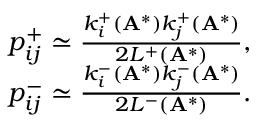
\begin{array} { r } { p _ { i j } ^ { + } \simeq \frac { k _ { i } ^ { + } ( \mathbf { A } ^ { * } ) k _ { j } ^ { + } ( \mathbf { A } ^ { * } ) } { 2 L ^ { + } ( \mathbf { A } ^ { * } ) } , } \\ { p _ { i j } ^ { - } \simeq \frac { k _ { i } ^ { - } ( \mathbf { A } ^ { * } ) k _ { j } ^ { - } ( \mathbf { A } ^ { * } ) } { 2 L ^ { - } ( \mathbf { A } ^ { * } ) } . } \end{array}